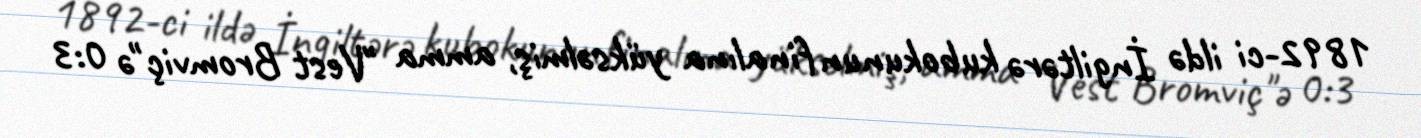
1892-ci ildə İngiltərə kubokunun finalına yüksəlmiş, amma "Vest Bromviç"ə 0:3